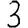
Digit: 3